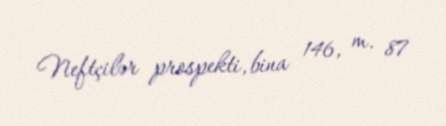
Neftçilər prospekti, bina 146, m. 87